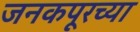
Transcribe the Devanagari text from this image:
जनकपूरच्या